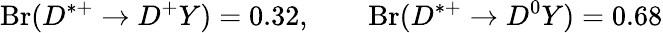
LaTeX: \mathrm{Br}(D^{*+}\to D^{+}Y)=0.32,\qquad\mathrm{Br}(D^{*+}\to D^{0}Y)=0.68